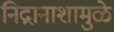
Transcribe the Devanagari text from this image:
निद्रानाशामुळे